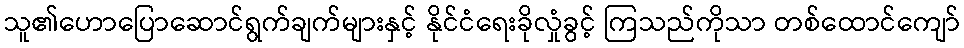
သူ၏ဟောပြောဆောင်ရွက်ချက်များနှင့် နိုင်ငံရေးခိုလှုံခွင့် ကြသည်ကိုသာ တစ်ထောင်ကျော်